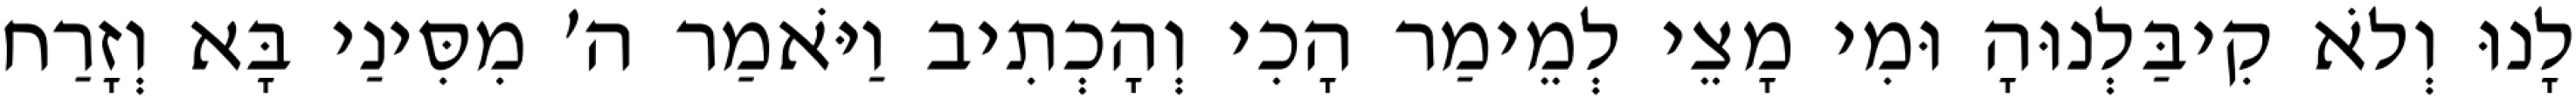
לָנוּ וְלֹא קִיבַּלְנוּהָ וּמִי מָצֵי לְמֵימַר הָכִי וְהָכְתִיב וַיֹּאמַר ה׳ מִסִּינַי בָּא וְזָרַח